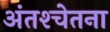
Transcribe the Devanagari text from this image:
अंतश्‍चेतना